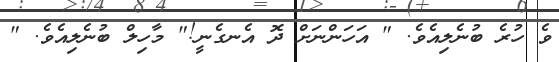
ވެ ހުރެ ބުނެލިއެވެ. " އަހަންނަށް ދޮ އެނގެނީ!" މާހިލް ބުނެލިއެވެ. "